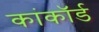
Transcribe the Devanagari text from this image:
कांकॉर्ड